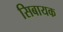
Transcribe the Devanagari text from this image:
सिबायक